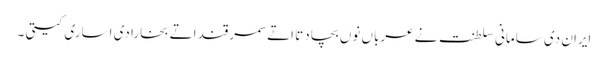
ایران دی سامانی سلطنت نے عرباں نوں بچا دتا اتے سمرقند اتے بخارا دی اساری کیتی ۔